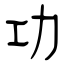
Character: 功